Indian journal of veterinary science and animal husbandry - Volumes 22-23, 1952-1953
Year: 1952
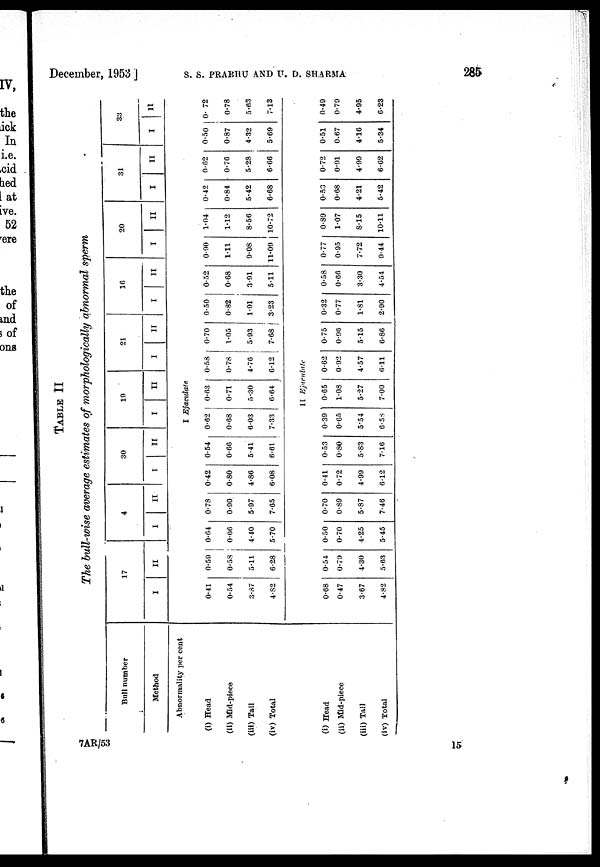
December, 1953]
S.
S.
PRABHU
AND
U.
D.
SHARMA
285
TABLE II
The bull-wise average estimates of morphologically abnormal sperm
Bull number
Method
Abnormality per cent
(i) Head
(ii) Mid-piece
(iii) Tail
(iv) Total
(i) Head
(ii) Mid-piece
(iii) Tail
(iv) Total
17
I
II
4
I
II
30
I
II
19
I
II
21
I
IT
16
I
II
20
I
II
31
I
II
33
I
II
I
Ejaculate
0.41
0.54
3.87
4.82
0.53
0.58
5.11
6.28
0.64
0.66
4.40
5.70
0.78
0.90
5.97
7.65
0.42
0.80
4.86
6.08
0.54
0.66
5.41
6.61
0.62
0.68
6.03
7.33
0.63
0.71
5.30
6.64
0.58
0.78
4.76
6.12
0.70
1.05
5.93
7.68
0.50
0.82
1.91
3.23
0.52
0.68
3.91
5.11
0.90
1.11
9.08
11.09
1.04
1.12
8.56
10.72
0.42
0.84
5.42
6.68
0.62
0.76
5.28
6.66
0.50
0.87
4.32
5.69
0.72
0.78
5.63
7.13
II
Ejaculate
0.68
0.47
3.67
4.82
0.54
0.79
4.30
5.63
0.50
0.70
4.25
5.45
0.70
0.89
5.87
7.46
0.41
0.72
4.99
6.12
0.53
0.80
5.83
7.16
0.39
0.65
5.54
6.58
0.65
1.08
5.27
7.00
0.62
0.92
4.57
6.11
0.75
0.96
5.15
0.86
0.32
0.77
1.81
2.90
0.58
0.66
3.30
4.54
0.77
0.95
7.72
9.44
0.89
1.07
8.15
10.11
0.53
0.68
4.21
5.42
0.72
0.91
4.99
6.62
0.51
0.67
4.16
5.34
0.49
0.79
4.95
6.23
7AR/53
15